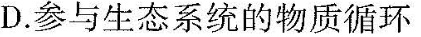
D. 参与生态系统的物质循环